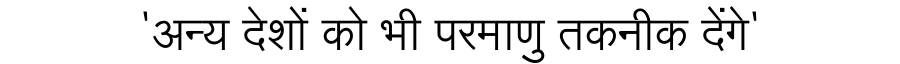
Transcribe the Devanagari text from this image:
'अन्य देशों को भी परमाणु तकनीक देंगे'